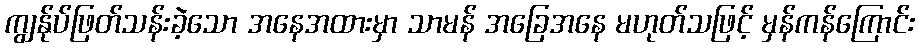
ကျွန်ုပ်ဖြတ်သန်းခဲ့သော အနေအထားမှာ သာမန် အခြေအနေ မဟုတ်သဖြင့် မှန်ကန်ကြောင်း